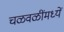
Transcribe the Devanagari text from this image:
चळवळींमध्यें